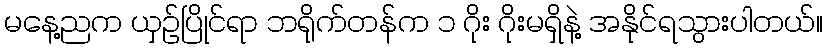
မနေ့ညက ယှဉ်ပြိုင်ရာ ဘရိုက်တန်က ၁ ဂိုး ဂိုးမရှိနဲ့ အနိုင်ရသွားပါတယ်။